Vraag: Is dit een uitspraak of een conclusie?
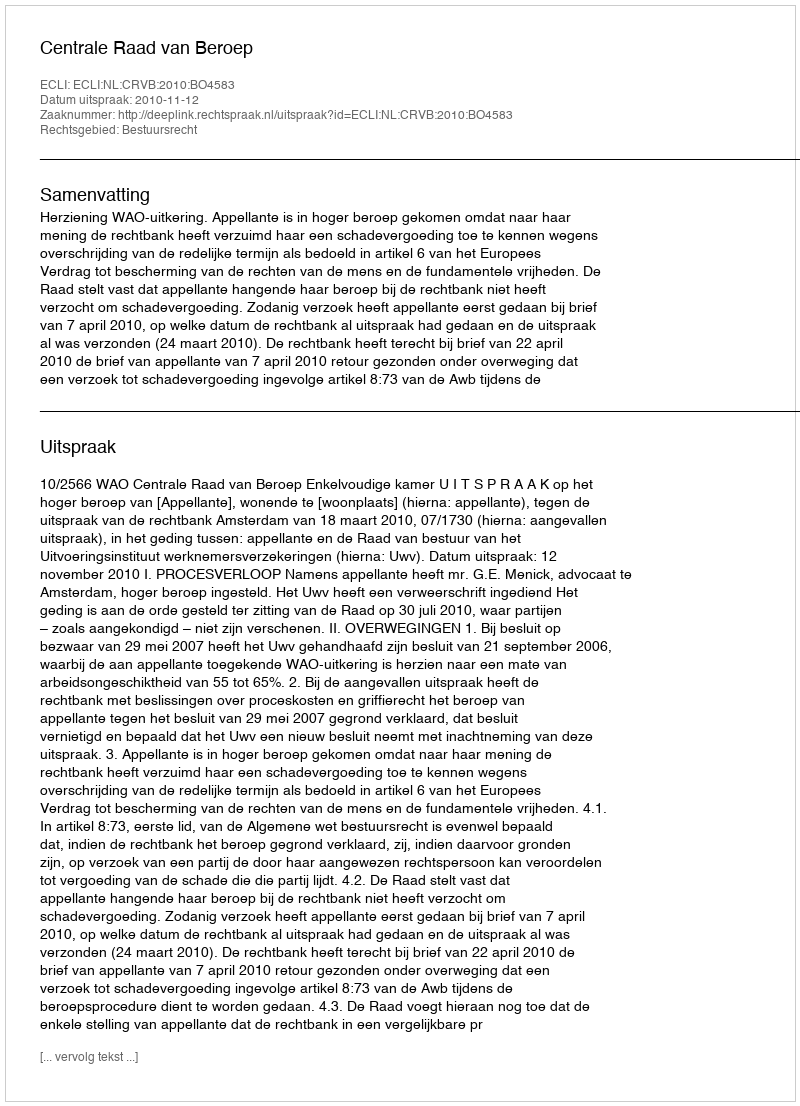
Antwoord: Uitspraak